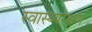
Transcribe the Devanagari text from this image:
स्वास्थ्यरक्षणं